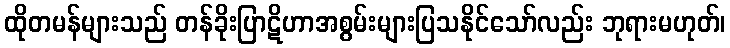
ထိုတမန်များသည် တန်ခိုးပြာဋိဟာအစွမ်းများပြသနိုင်သော်လည်း ဘုရားမဟုတ်၊